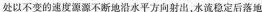
处以不变的速度源源不断地沿水平方向射出，水流稳定后落地